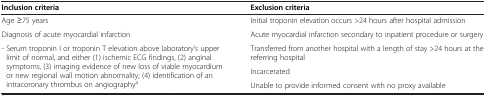
<table><thead><tr><td><b>Inclusion criteria</b></td><td><b>Exclusion criteria</b></td></tr></thead><tbody><tr><td>Age ≥75 years</td><td>Initial troponin elevation occurs &gt;24 hours after hospital admission</td></tr><tr><td>Diagnosis of acute myocardial infarction</td><td>Acute myocardial infarction secondary to inpatient procedure or surgery</td></tr><tr><td rowspan="3">- Serum troponin I or troponin T elevation above laboratory’s upper limit of normal, and either (1) ischemic ECG findings, (2) anginal symptoms, (3) imaging evidence of new loss of viable myocardium or new regional wall motion abnormality; (4) identification of an intracoronary thrombus on angiography<sup>a</sup></td><td>Transferred from another hospital with a length of stay &gt;24 hours at the referring hospital</td></tr><tr><td>Incarcerated</td></tr><tr><td>Unable to provide informed consent with no proxy available</td></tr></tbody></table>